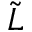
\tilde { L }